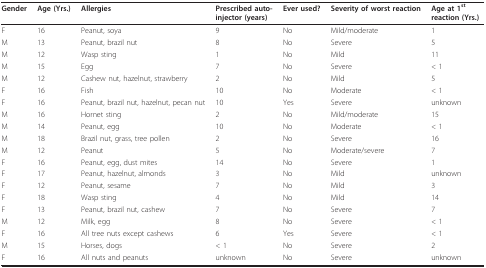
<table><thead><tr><td><b>Gender</b></td><td><b>Age (Yrs.)</b></td><td><b>Allergies</b></td><td><b>Prescribed auto- injector (years)</b></td><td><b>Ever used?</b></td><td><b>Severity of worst reaction</b></td><td><b>Age at 1<sup>st </sup>reaction (Yrs.)</b></td></tr></thead><tbody><tr><td>F</td><td>16</td><td>Peanut, soya</td><td>9</td><td>No</td><td>Mild/moderate</td><td>1</td></tr><tr><td>M</td><td>13</td><td>Peanut, brazil nut</td><td>8</td><td>No</td><td>Severe</td><td>5</td></tr><tr><td>M</td><td>12</td><td>Wasp sting</td><td>1</td><td>No</td><td>Mild</td><td>11</td></tr><tr><td>M</td><td>15</td><td>Egg</td><td>7</td><td>No</td><td>Severe</td><td>&lt; 1</td></tr><tr><td>M</td><td>12</td><td>Cashew nut, hazelnut, strawberry</td><td>2</td><td>No</td><td>Mild</td><td>5</td></tr><tr><td>F</td><td>16</td><td>Fish</td><td>10</td><td>No</td><td>Moderate</td><td>&lt; 1</td></tr><tr><td>F</td><td>16</td><td>Peanut, brazil nut, hazelnut, pecan nut</td><td>10</td><td>Yes</td><td>Severe</td><td>unknown</td></tr><tr><td>M</td><td>16</td><td>Hornet sting</td><td>2</td><td>No</td><td>Mild/moderate</td><td>15</td></tr><tr><td>M</td><td>14</td><td>Peanut, egg</td><td>10</td><td>No</td><td>Moderate</td><td>&lt; 1</td></tr><tr><td>M</td><td>18</td><td>Brazil nut, grass, tree pollen</td><td>2</td><td>No</td><td>Severe</td><td>16</td></tr><tr><td>M</td><td>12</td><td>Peanut</td><td>5</td><td>No</td><td>Moderate/severe</td><td>7</td></tr><tr><td>F</td><td>16</td><td>Peanut, egg, dust mites</td><td>14</td><td>No</td><td>Severe</td><td>1</td></tr><tr><td>F</td><td>17</td><td>Peanut, hazelnut, almonds</td><td>3</td><td>No</td><td>Mild</td><td>unknown</td></tr><tr><td>F</td><td>12</td><td>Peanut, sesame</td><td>7</td><td>No</td><td>Mild</td><td>3</td></tr><tr><td>F</td><td>18</td><td>Wasp sting</td><td>4</td><td>No</td><td>Mild</td><td>14</td></tr><tr><td>F</td><td>13</td><td>Peanut, brazil nut, cashew</td><td>7</td><td>No</td><td>Severe</td><td>7</td></tr><tr><td>M</td><td>12</td><td>Milk, egg</td><td>8</td><td>No</td><td>Severe</td><td>&lt; 1</td></tr><tr><td>F</td><td>16</td><td>All tree nuts except cashews</td><td>6</td><td>Yes</td><td>Severe</td><td>&lt; 1</td></tr><tr><td>M</td><td>15</td><td>Horses, dogs</td><td>&lt; 1</td><td>No</td><td>Severe</td><td>2</td></tr><tr><td>F</td><td>16</td><td>All nuts and peanuts</td><td>unknown</td><td>No</td><td>Severe</td><td>unknown</td></tr></tbody></table>